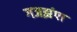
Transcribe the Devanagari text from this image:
गजझंपा